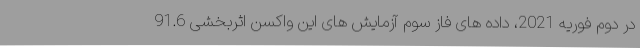
در دوم فوریه 2021، داده های فاز سوم آزمایش های این واکسن اثربخشی 91.6